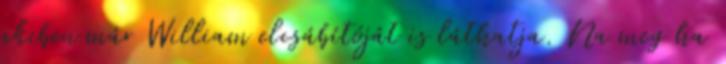
akiben már William elcsábítóját is láthatja. Na meg ha